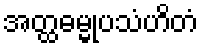
အတ္ထဓမ္မုပသံဟိတံ